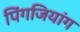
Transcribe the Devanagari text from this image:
पिंगजियांग